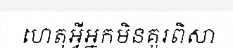
ហេតុអ្វីអ្នកមិនគួរពិសា